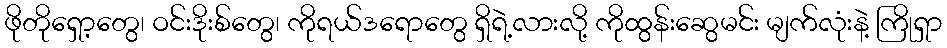
ဖိုတိုရှော့တွေ၊ ဝင်းဒိုးစ်တွေ၊ ကိုရယ်ဒရောတွေ ရှိရဲ့လားလို့ ကိုထွန်းဆွေမင်း မျက်လုံးနဲ့ ကြိုရှာ